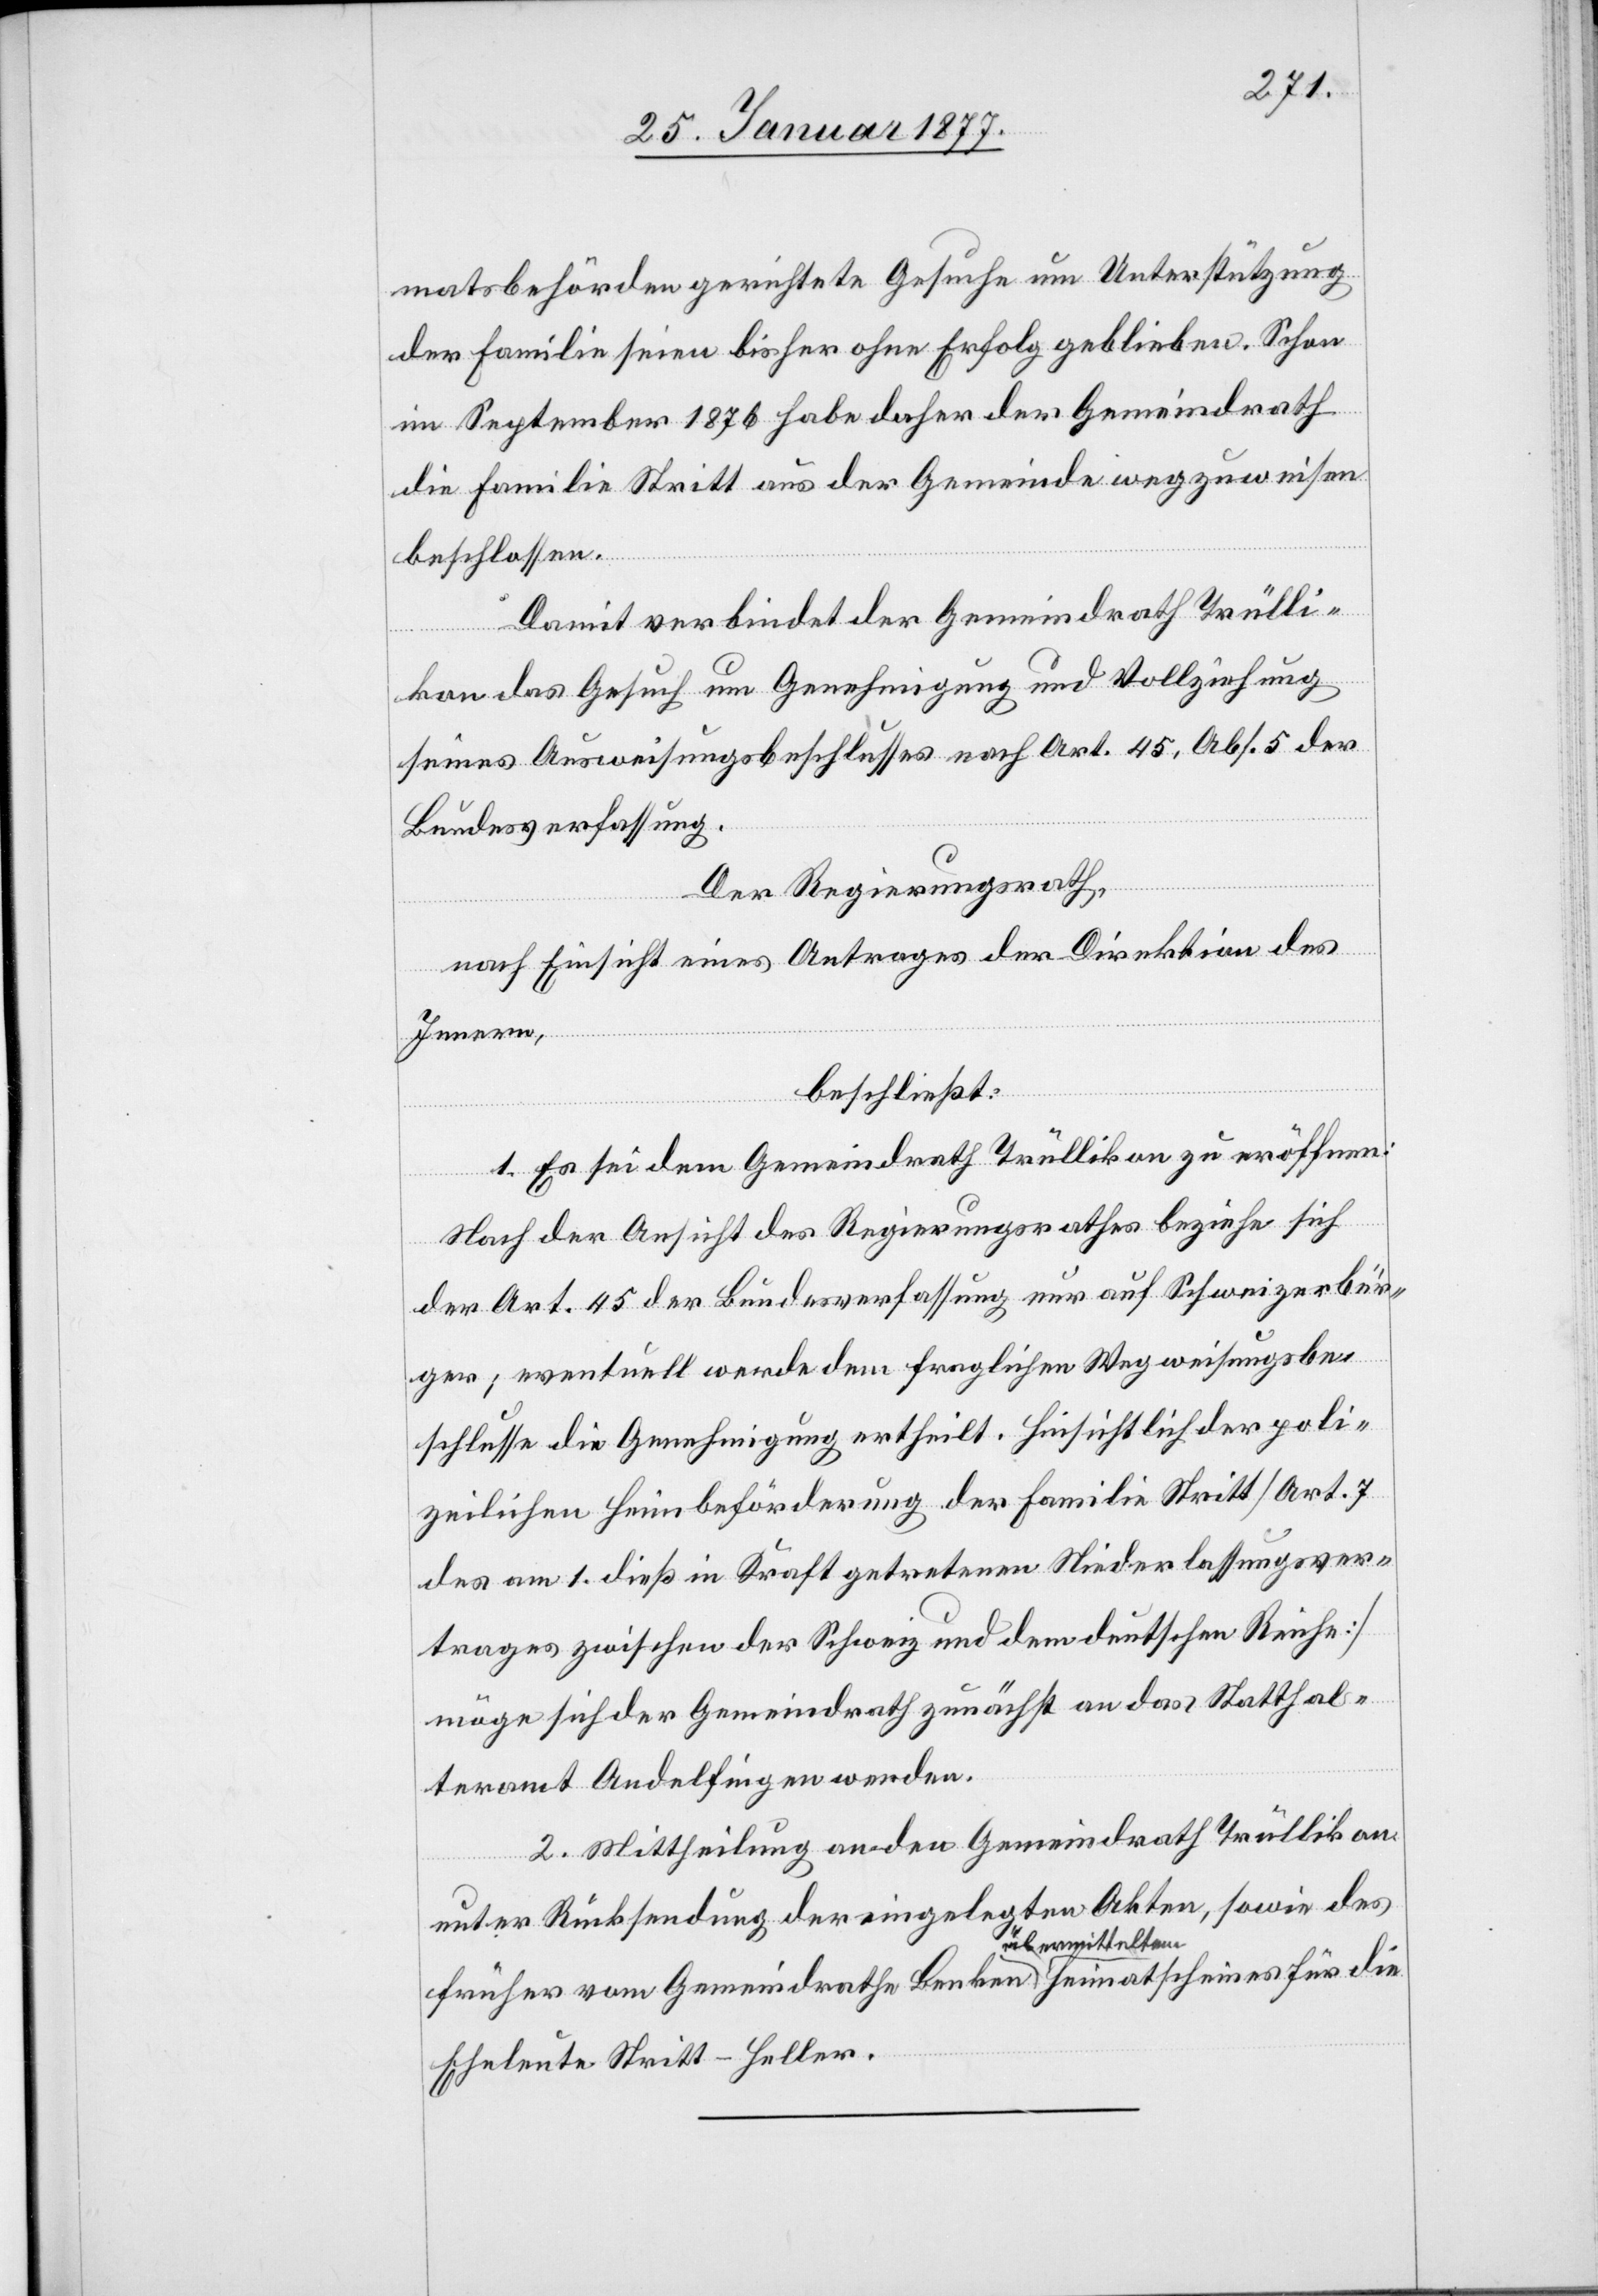
matsbehörden gerichtete Gesuche um Unterstützung
der Familie seien bisher ohne Erfolg geblieben. Schon
im September 1876 habe daher der Gemeindrath
die Familie Stritt aus der Gemeinde wegzuweisen
beschlossen.
Damit verbindet der Gemeindrath Trülli¬
kon das Gesuch um Genehmigung und Vollziehung
seines Ausweisungsbeschlusses nach Art. 45, Abs. 5 der
Bundesverfassung.
Der Regierungsrath,
nach Einsicht eines Antrages der Direktion des
Innern,
beschließt:
1. Es sei dem Gemeindrath Trüllikon zu eröffnen:
Nach der Ansicht des Regierungsrathes beziehe sich
der Art. 45 der Bundesverfassung nur auf Schweizerbür¬
ger; eventuell werde dem fraglichen Wegweisungsbe¬
schlusse die Genehmigung ertheilt. Hinsichtlich der poli¬
zeilichen Heimbeförderung der Familie Stritt [Art. 7
des am 1. dieß in Kraft getretenen Niederlassungsver¬
trages zwischen der Schweiz und dem deutschen Reiche]
möge sich der Gemeindrath zunächst an das Statthal¬
teramt Andelfingen wenden.
2. Mittheilung an den Gemeindrath Trüllikon
unter Rücksendung der eingelegten Akten, sowie des
früher vom Gemeindrathe Benken übermittelten Heimatscheines für die
Eheleute Stritt-Heller.